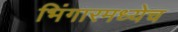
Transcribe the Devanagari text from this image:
भिंगारमध्येच